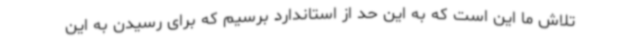
تلاش ما این است که به این حد از استاندارد برسیم که برای رسیدن به این